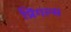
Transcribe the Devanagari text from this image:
प्रिंगल्स